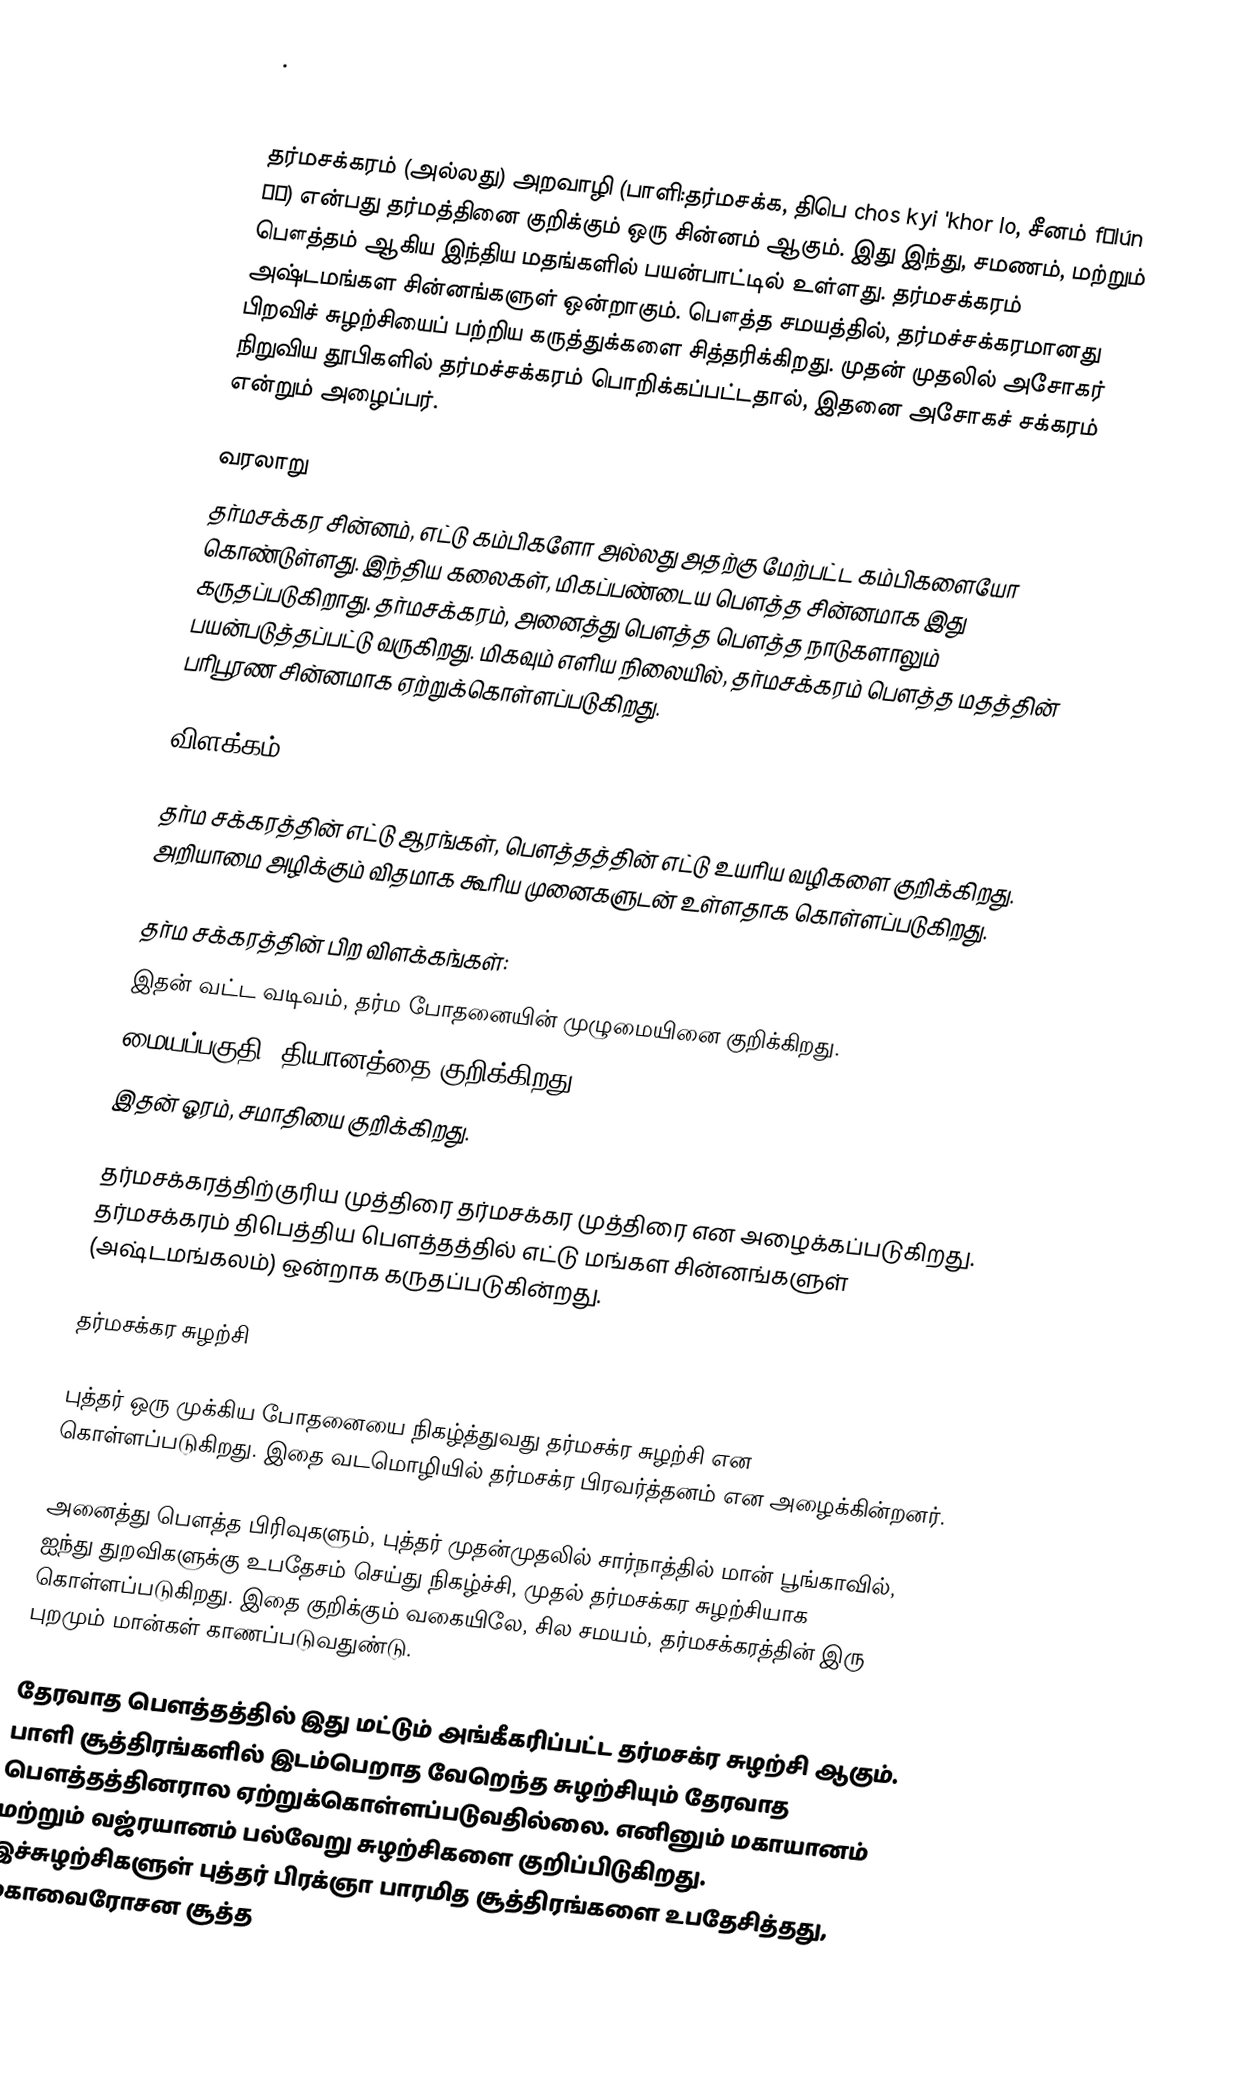
.

தர்மசக்கரம் (அல்லது) அறவாழி (பாளி:தர்மசக்க,  திபெ chos kyi 'khor lo, சீனம் fălún 法輪) என்பது தர்மத்தினை குறிக்கும் ஒரு சின்னம் ஆகும். இது இந்து, சமணம், மற்றும் பௌத்தம் ஆகிய இந்திய மதங்களில் பயன்பாட்டில் உள்ளது. தர்மசக்கரம் அஷ்டமங்கள சின்னங்களுள் ஒன்றாகும். பௌத்த சமயத்தில், தர்மச்சக்கரமானது பிறவிச் சுழற்சியைப் பற்றிய கருத்துக்களை சித்தரிக்கிறது. முதன் முதலில் அசோகர் நிறுவிய தூபிகளில் தர்மச்சக்கரம் பொறிக்கப்பட்டதால், இதனை அசோகச் சக்கரம் என்றும் அழைப்பர்.

வரலாறு
தர்மசக்கர சின்னம், எட்டு கம்பிகளோ அல்லது அதற்கு மேற்பட்ட கம்பிகளையோ கொண்டுள்ளது. இந்திய கலைகள், மிகப்பண்டைய பௌத்த சின்னமாக இது கருதப்படுகிறாது.  தர்மசக்கரம், அனைத்து பௌத்த பௌத்த நாடுகளாலும் பயன்படுத்தப்பட்டு வருகிறது. மிகவும் எளிய நிலையில், தர்மசக்கரம் பௌத்த மதத்தின் பரிபூரண சின்னமாக ஏற்றுக்கொள்ளப்படுகிறது.

விளக்கம்

தர்ம சக்கரத்தின் எட்டு ஆரங்கள், பௌத்தத்தின் எட்டு உயரிய வழிகளை குறிக்கிறது.  அறியாமை அழிக்கும் விதமாக கூரிய முனைகளுடன் உள்ளதாக கொள்ளப்படுகிறது.

தர்ம சக்கரத்தின் பிற விளக்கங்கள்:
 இதன் வட்ட வடிவம், தர்ம போதனையின் முழுமையினை குறிக்கிறது.
 மையப்பகுதி, தியானத்தை குறிக்கிறது.
 இதன் ஓரம், சமாதியை குறிக்கிறது.

தர்மசக்கரத்திற்குரிய முத்திரை  தர்மசக்கர முத்திரை என அழைக்கப்படுகிறது. தர்மசக்கரம் திபெத்திய பௌத்தத்தில் எட்டு மங்கள சின்னங்களுள் (அஷ்டமங்கலம்) ஒன்றாக கருதப்படுகின்றது.

தர்மசக்கர சுழற்சி

புத்தர் ஒரு முக்கிய போதனையை நிகழ்த்துவது தர்மசக்ர சுழற்சி என கொள்ளப்படுகிறது. இதை வடமொழியில் தர்மசக்ர பிரவர்த்தனம் என அழைக்கின்றனர்.

அனைத்து பௌத்த பிரிவுகளும், புத்தர் முதன்முதலில் சார்நாத்தில் மான் பூங்காவில், ஐந்து துறவிகளுக்கு உபதேசம் செய்து நிகழ்ச்சி, முதல் தர்மசக்கர சுழற்சியாக கொள்ளப்படுகிறது. இதை குறிக்கும் வகையிலே, சில சமயம், தர்மசக்கரத்தின் இரு புறமும் மான்கள் காணப்படுவதுண்டு.

தேரவாத பௌத்தத்தில் இது மட்டும் அங்கீகரிப்பட்ட தர்மசக்ர சுழற்சி ஆகும். பாளி சூத்திரங்களில் இடம்பெறாத வேறெந்த சுழற்சியும் தேரவாத பௌத்தத்தினரால ஏற்றுக்கொள்ளப்படுவதில்லை.  எனினும் மகாயானம் மற்றும் வஜ்ரயானம் பல்வேறு சுழற்சிகளை குறிப்பிடுகிறது. இச்சுழற்சிகளுள் புத்தர் பிரக்ஞா பாரமித சூத்திரங்களை உபதேசித்தது, மகாவைரோசன சூத்த